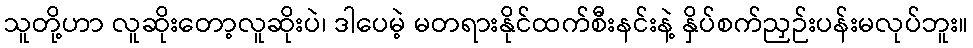
သူတို့ဟာ လူဆိုးတော့လူဆိုးပဲ၊ ဒါပေမဲ့ မတရားနိုင်ထက်စီးနင်းနဲ့ နှိပ်စက်ညှဉ်းပန်းမလုပ်ဘူး။